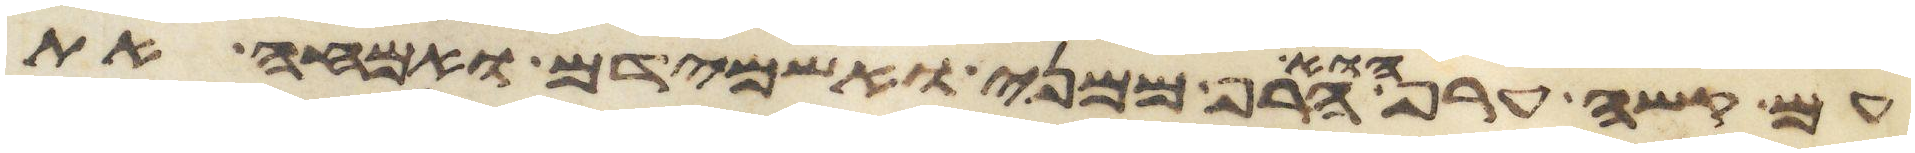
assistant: עם קשה ערף הוא הרף ממני ואשמידם ואמחה את